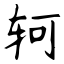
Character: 轲